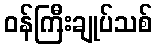
ဝန်ကြီးချုပ်သစ်